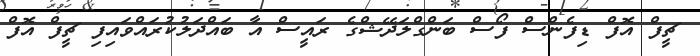
ޗީފް އޮފް ޑިފެންސް ފޯސް ބަންގްލަދޭޝްގެ ރައީސް އާ ބައްދަލުކުރައްވައިފި ޗީފް އޮފް